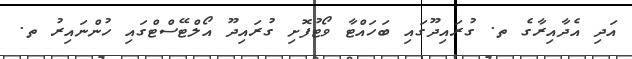
އަދި އެދާއިރާގެ ތ. ގުރައިދޫގައި ބަހައްޓާ ވޯޓުފޮށި ގުރައިދޫ އޯލްޓޭސްޓްގައި ހުންނައިރު ތ.